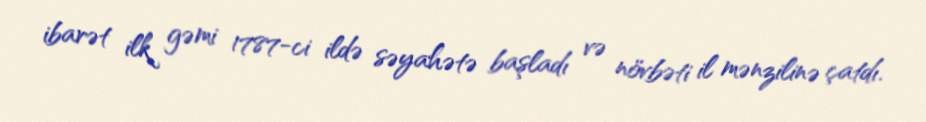
ibarət ilk gəmi 1787-ci ildə səyahətə başladı və növbəti il mənzilinə çatdı.